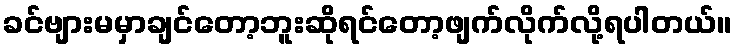
ခင်ဗျားမမှာချင်တော့ဘူးဆိုရင်တော့ဖျက်လိုက်လို့ရပါတယ်။